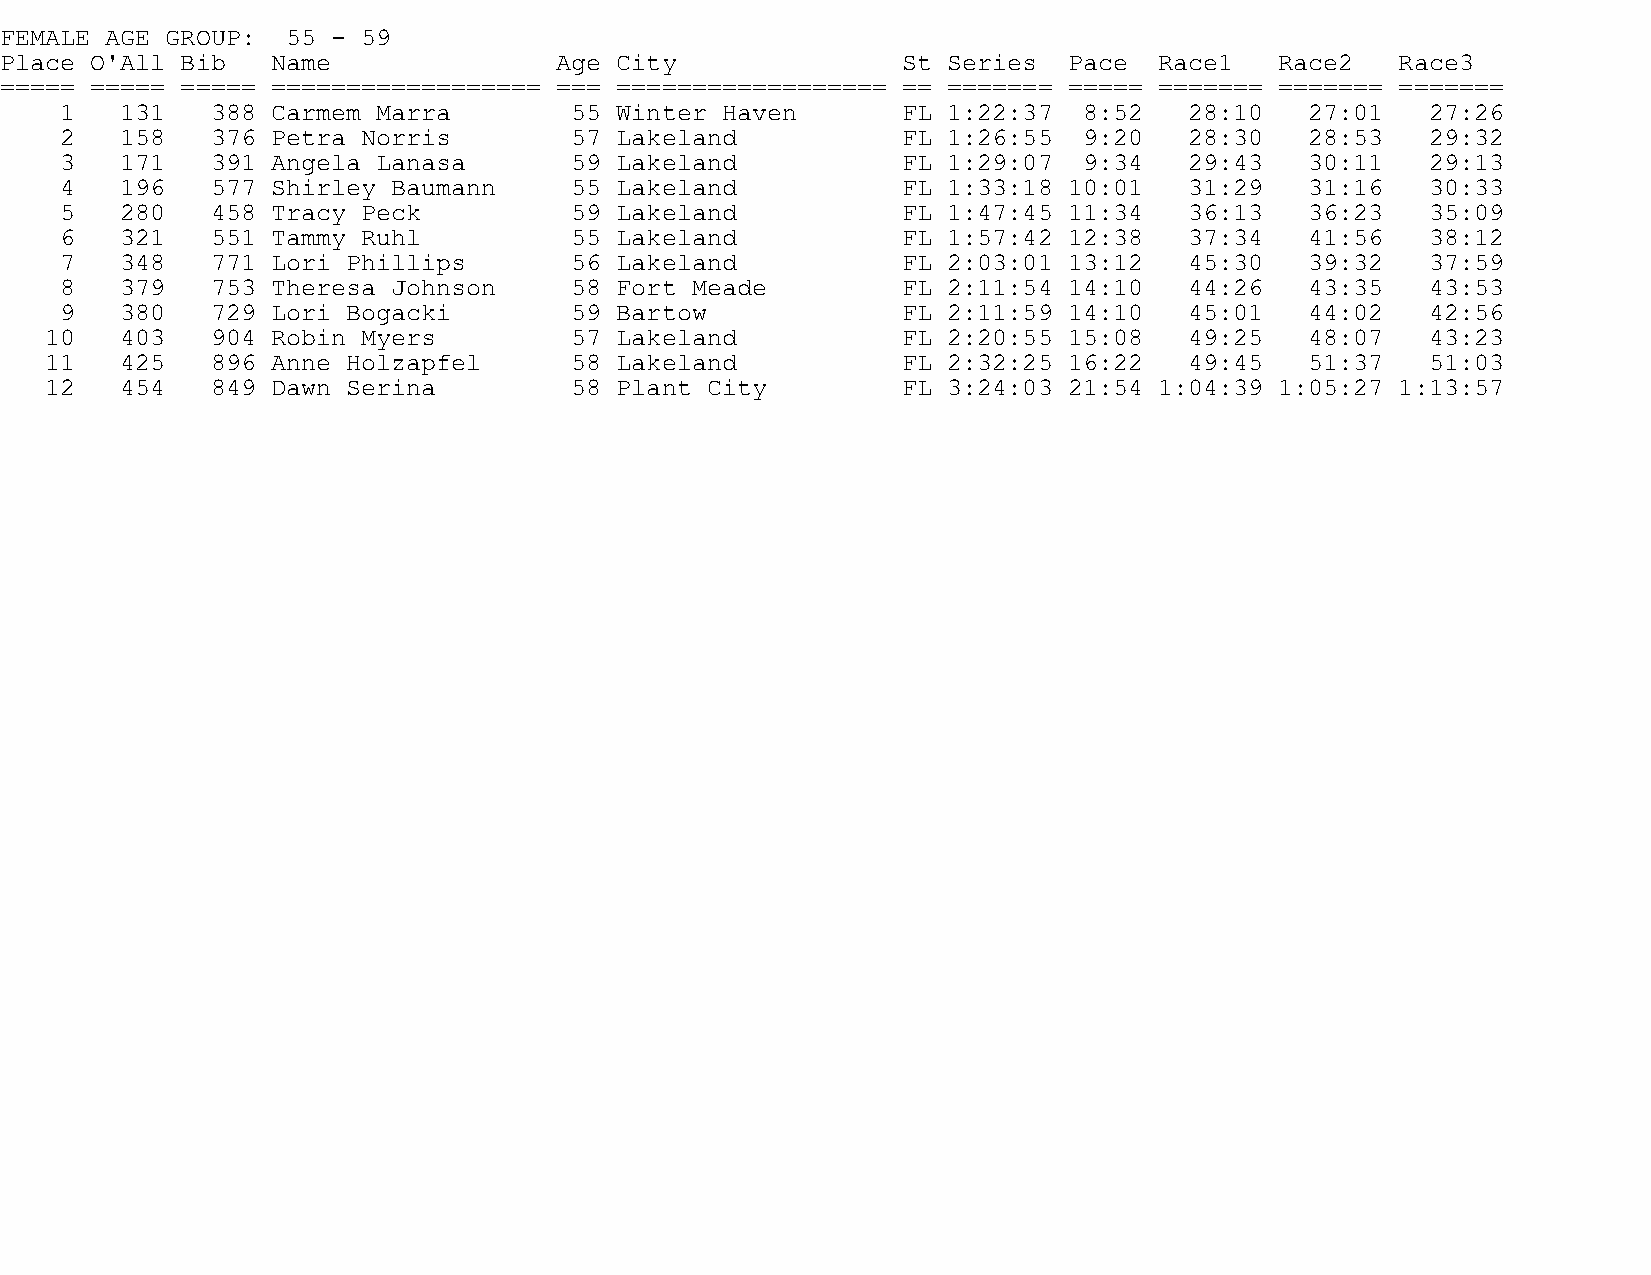
FEMALE AGE GROUP:  55 - 59
 Place O'All Bib   Name               Age City               St Series  Pace  Race1   Race2   Race3
 ===== ===== ===== ================== === ================== == ======= ===== ======= ======= =======
 1   131   388 Carmem Marra        55 Winter Haven       FL 1:22:37  8:52   28:10   27:01   27:26
 2   158   376 Petra Norris        57 Lakeland           FL 1:26:55  9:20   28:30   28:53   29:32
 3   171   391 Angela Lanasa       59 Lakeland           FL 1:29:07  9:34   29:43   30:11   29:13
 4   196   577 Shirley Baumann     55 Lakeland           FL 1:33:18 10:01   31:29   31:16   30:33
 5   280   458 Tracy Peck          59 Lakeland           FL 1:47:45 11:34   36:13   36:23   35:09
 6   321   551 Tammy Ruhl          55 Lakeland           FL 1:57:42 12:38   37:34   41:56   38:12
 7   348   771 Lori Phillips       56 Lakeland           FL 2:03:01 13:12   45:30   39:32   37:59
 8   379   753 Theresa Johnson     58 Fort Meade         FL 2:11:54 14:10   44:26   43:35   43:53
 9   380   729 Lori Bogacki        59 Bartow             FL 2:11:59 14:10   45:01   44:02   42:56
 10   403   904 Robin Myers         57 Lakeland           FL 2:20:55 15:08   49:25   48:07   43:23
 11   425   896 Anne Holzapfel      58 Lakeland           FL 2:32:25 16:22   49:45   51:37   51:03
 12   454   849 Dawn Serina         58 Plant City         FL 3:24:03 21:54 1:04:39 1:05:27 1:13:57